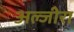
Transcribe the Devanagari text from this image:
अल्जीरा